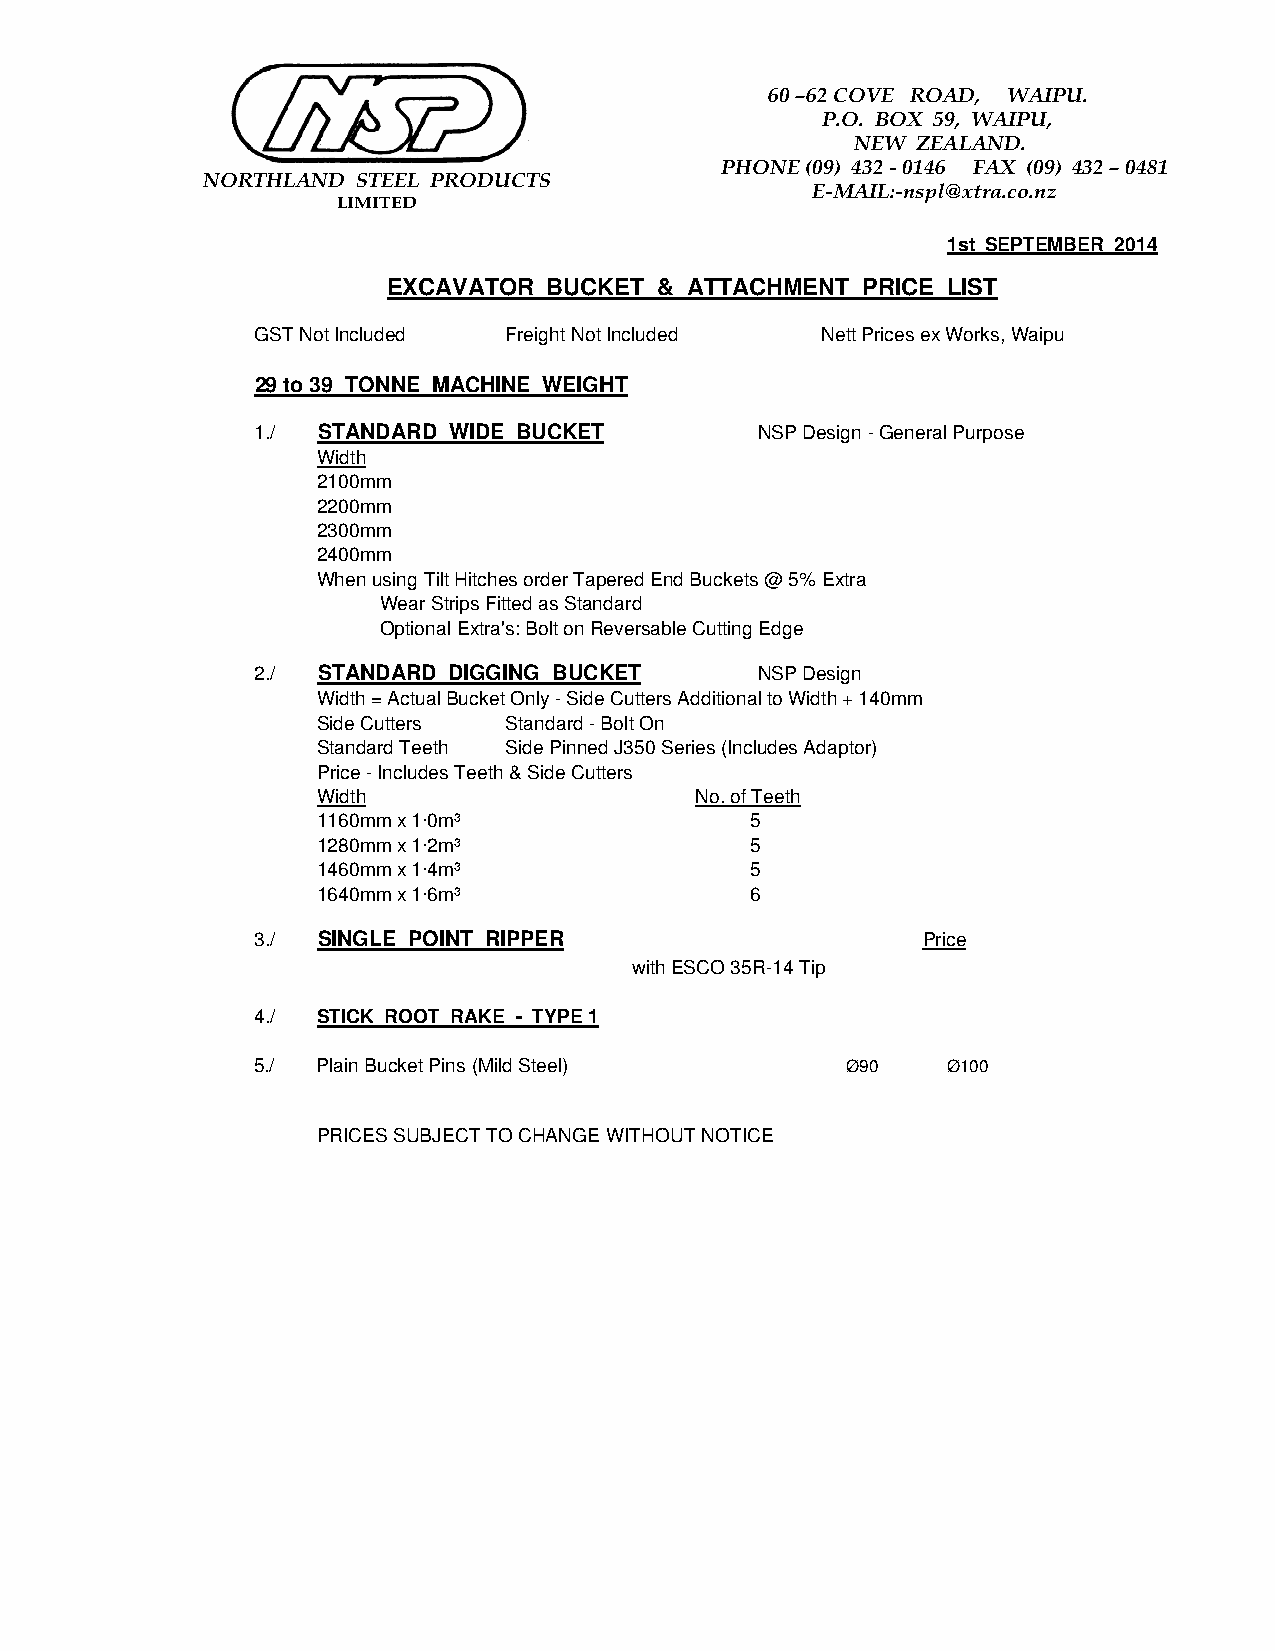
60 –62 COVE ROAD, WAIPU.
 P.O. BOX 59, WAIPU,
 NEW ZEALAND.
 PHONE (09) 432 - 0146 FAX (09) 432 – 0481
 NORTHLAND  STEEL PRODUCTS
 E-MAIL:-nspl@xtra.co.nz
 LIMITED
 1st SEPTEMBER 2014
 EXCAVATOR BUCKET  & ATTACHMENT PRICE LIST
 GST Not Included Freight Not Included Nett Prices ex Works, Waipu
 29 to 39 TONNE MACHINE WEIGHT
 1./ STANDARD WIDE BUCKET         NSP Design - General Purpose
 Width
 2100mm
 2200mm
 2300mm
 2400mm
 When using Tilt Hitches order Tapered End Buckets @ 5% Extra
 Wear Strips Fitted as Standard
 Optional Extra's: Bolt on Reversable Cutting Edge
 2./ STANDARD DIGGING BUCKET      NSP Design
 Width = Actual Bucket Only - Side Cutters Additional to Width + 140mm
 Side Cutters Standard - Bolt On
 Standard Teeth Side Pinned J350 Series (Includes Adaptor)
 Price - Includes Teeth & Side Cutters
 Width                    No. of Teeth
 1160mm x 1·0m³               5
 1280mm x 1·2m³               5
 1460mm x 1·4m³               5
 1640mm x 1·6m³               6
 3./ SINGLE POINT RIPPER                     Price
 with ESCO 35R-14 Tip
 4./ STICK ROOT RAKE - TYPE 1
 5./ Plain Bucket Pins (Mild Steel)     Ø90    Ø100
 PRICES SUBJECT TO CHANGE WITHOUT NOTICE